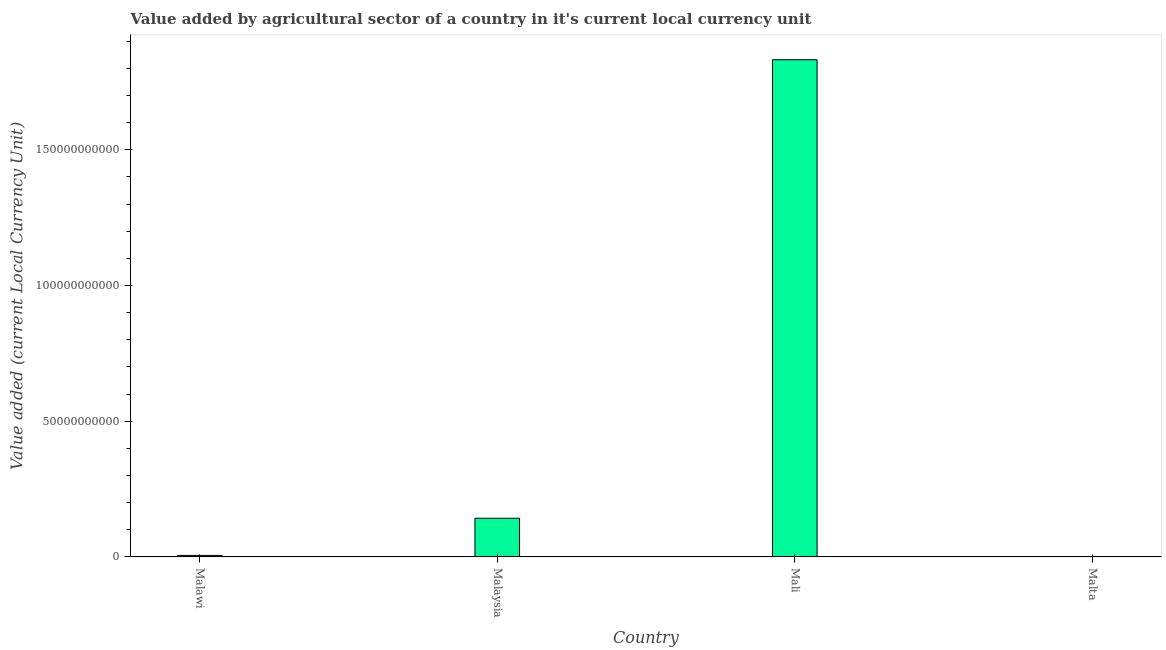
| Country | Agriculture |
 | --- | --- |
 | Malawi | 5.49e+08 |
 | Malaysia | 1.42e+10 |
 | Mali | 1.83e+11 |
 | Malta | 4.94e+07 |